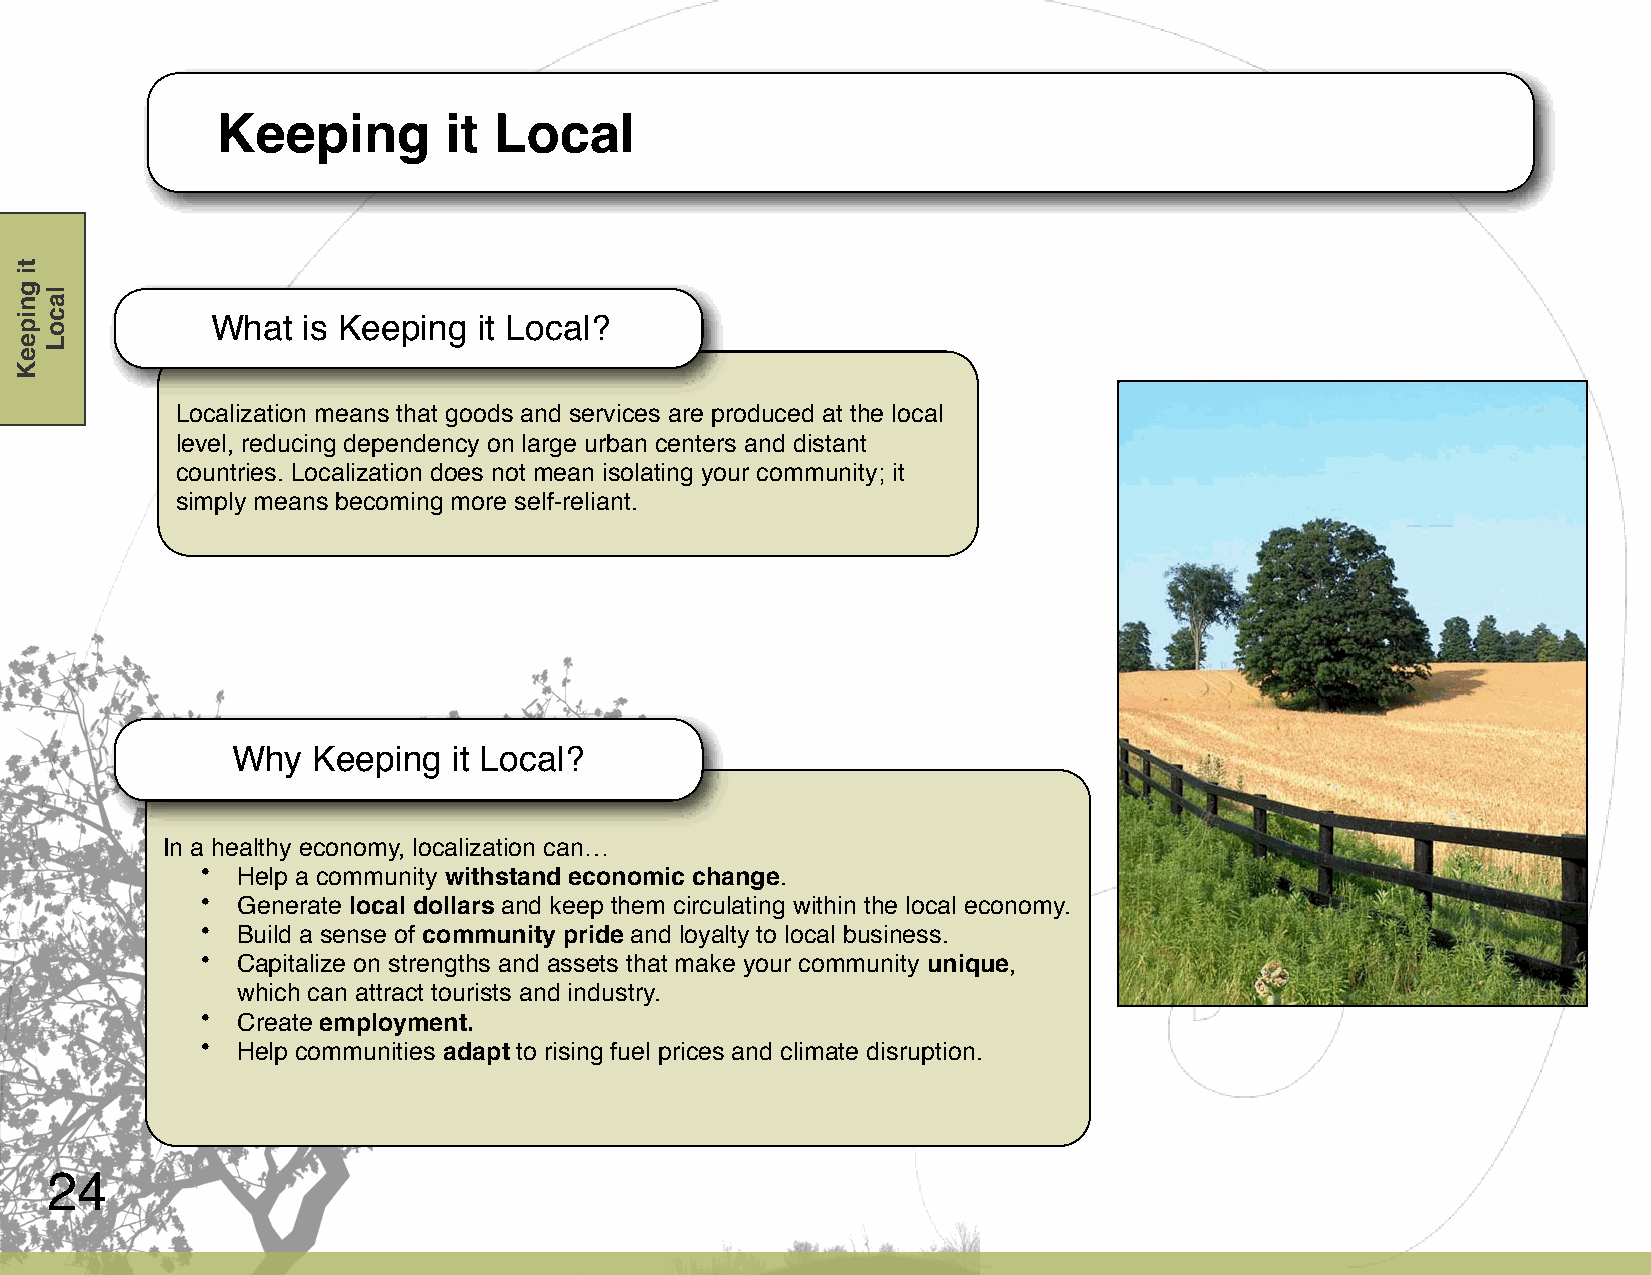
Keeping        it  Local
 What  is Keeping  it Local?
 Localization means that goods and services are produced at the local
 level, reducing dependency on large urban centers and distant
 countries. Localization does not mean isolating your community; it
 simply means becoming more self-reliant.
 Why   Keeping  it Local?
 In a healthy economy, localization can…
 •  Help a community withstand economic change.
 •  Generate local dollars and keep them circulating within the local economy.
 •  Build a sense of community pride and loyalty to local business.
 •  Capitalize on strengths and assets that make your community unique,
 which can attract tourists and industry.
 •  Create employment.
 •  Help communities adapt to rising fuel prices and climate disruption.
 24
 ti
 gnipeeK lacoL